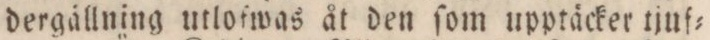
dergällning utlofwas åt den ſom upptäcker tjuf=